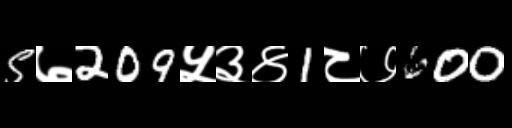
Text: 5७209५३४1८७600